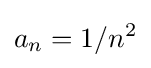
a_{n}=1/n^{2}